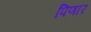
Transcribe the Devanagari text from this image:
पिणार